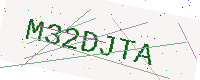
Text: M32DJTA